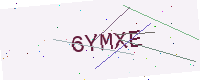
Text: 6YMXE